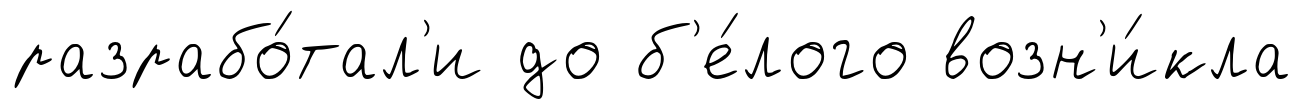
разрабо́тал'и до б'е́лого возн'и́кла